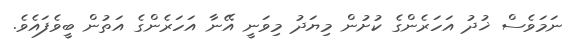
ނަމަވެސް ޚުދު އަހަރެންގެ ކުށުން މިޔަދު މިވަނީ އޭނާ އަހަރެންގެ އަތުން ބީވެފައެވެ.